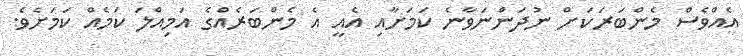
އެއްވެސް މެންބަރަކަށް ނުދަންނަވާނެ ކަމަށާއި އެއީ އެ މެންބަރެއްގެ އަމިއްލަ ކަމެއް ކަމަށެވެ.